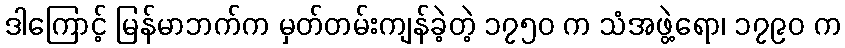
ဒါကြောင့် မြန်မာဘက်က မှတ်တမ်းကျန်ခဲ့တဲ့ ၁၇၅၀ က သံအဖွဲ့ရော၊ ၁၇၉၀ က